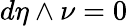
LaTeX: d\eta\wedge\nu=0